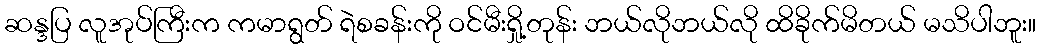
ဆန္ဒပြ လူအုပ်ကြီးက ကမာရွတ် ရဲစခန်းကို ဝင်မီးရှို့တုန်း ဘယ်လိုဘယ်လို ထိခိုက်မိတယ် မသိပါဘူး။